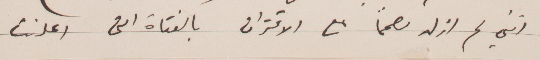
انني لم ازل مصممًا على الاقتران بالفتاة التي أعلنت